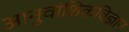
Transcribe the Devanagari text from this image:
आनुवांशिकविज्ञान